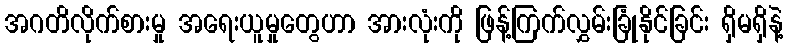
အဂတိလိုက်စားမှု အရေးယူမှုတွေဟာ အားလုံးကို ဖြန့်ကြက်လွှမ်းခြုံနိုင်ခြင်း ရှိမရှိနဲ့